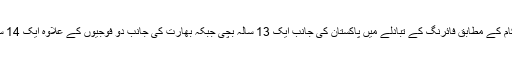
دونوں جانب کے حکام کے مطابق فائرنگ کے تبادلے میں پاکستان کی جانب ایک 13 سالہ بچی جبکہ بھارت کی جانب دو فوجیوں کے علاوہ ایک 14 سالہ بچی ہلاک ہوئے۔